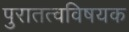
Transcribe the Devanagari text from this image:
पुरातत्वविषयक